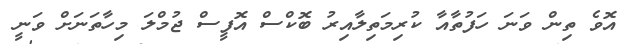
އޮވެ ތިން ވަނަ ހަފުތާއާ ކުރިމަތިލާއިރު ބޮކްސް އޮފީސް ޖުމްލަ މިހާތަނަށް ވަނީ